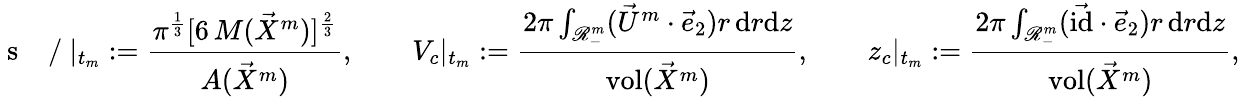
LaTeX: \mathrm{~s~\! ~\! ~\! ~\! ~\: ~/~}|_{t_{m}}:=\frac{\pi^{\frac{1}{3}}[6\, M(\vec{X}^{m})]^{\frac{2}{3}}}{A(\vec{X}^{m})},\qquad V_{c}|_{t_{m}}:=\frac{2\pi\int_{\mathscr{R}_{-}^{m}}(\vec{U}^{m}\cdot\vec{e}_{2})r\, \mathrm{d}r\mathrm{d}z}{\operatorname{vol}(\vec{X}^{m})},\qquad z_{c}|_{t_{m}}:=\frac{2\pi\int_{\mathscr{R}_{-}^{m}}(\vec{\mathrm{id}}\cdot\vec{e}_{2})r\, \mathrm{d}r\mathrm{d}z}{\operatorname{vol}(\vec{X}^{m})},